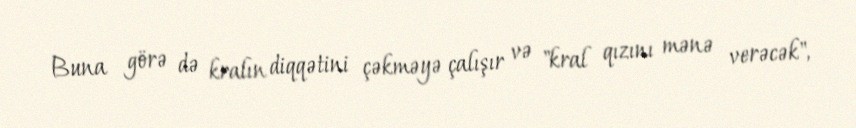
Buna görə də kralın diqqətini çəkməyə çalışır və "kral qızını mənə verəcək",